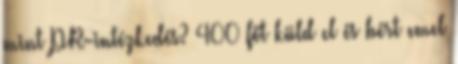
mint PR-intézkedés? 400 főt küld el és bért emel